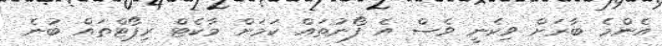
އެންމެ ބާރަށް ވިކެނީ ވެސް އެ ފޯނުތައް ކަމަށް މާކެޓް ރިޕޯޓްތައް ބުނެ